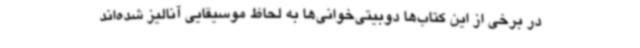
در برخی از این کتاب‌ها دوبیتی‌خوانی‌ها به لحاظ موسیقایی آنالیز شده‌اند